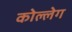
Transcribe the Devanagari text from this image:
कोल्लेग